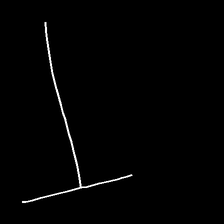
Glyph: column